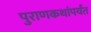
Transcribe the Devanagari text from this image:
पुराणकथांपर्यंत